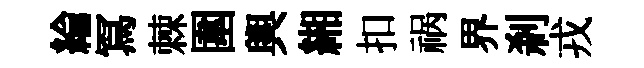
綸冩棘圍輿緗扣祸界刹戎